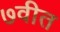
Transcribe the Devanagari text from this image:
७वीत